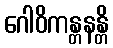
ဂေါဝိကန္တနန္တိ